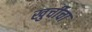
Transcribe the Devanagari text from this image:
खुर्चीचा